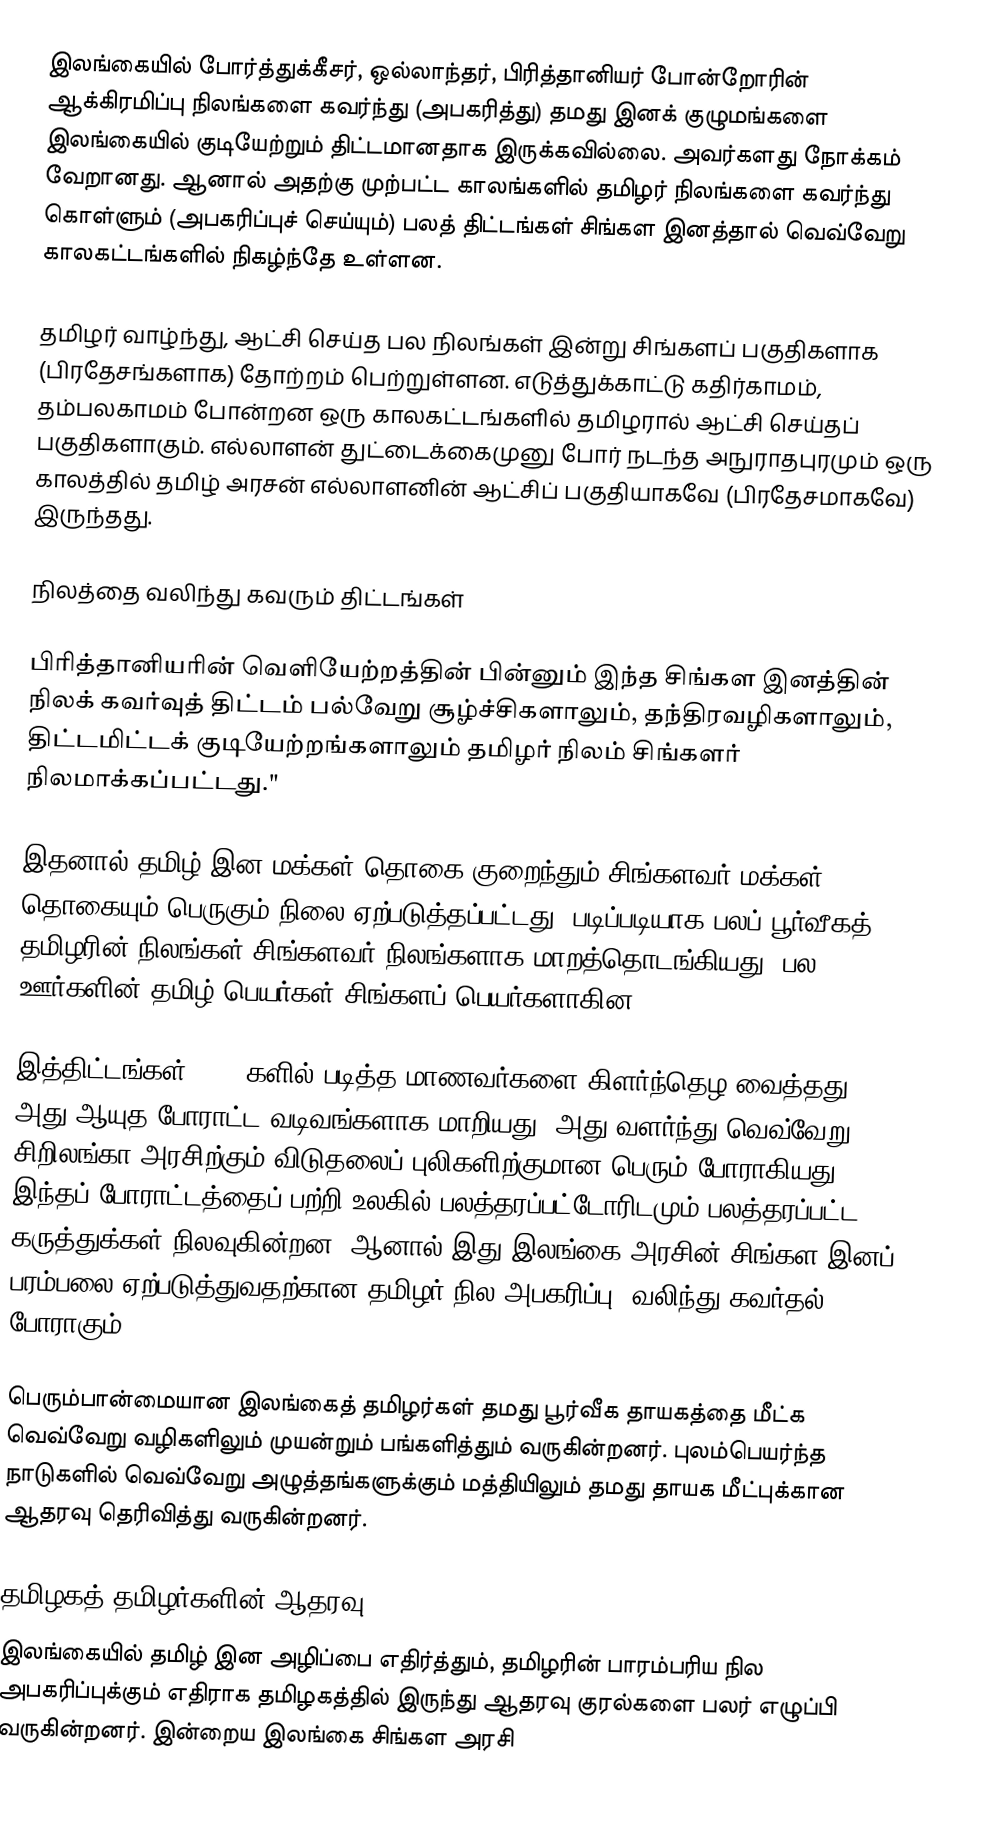
இலங்கையில் போர்த்துக்கீசர், ஒல்லாந்தர், பிரித்தானியர் போன்றோரின் ஆக்கிரமிப்பு நிலங்களை கவர்ந்து (அபகரித்து) தமது இனக் குழுமங்களை இலங்கையில் குடியேற்றும் திட்டமானதாக இருக்கவில்லை. அவர்களது நோக்கம் வேறானது. ஆனால் அதற்கு முற்பட்ட காலங்களில் தமிழர் நிலங்களை கவர்ந்து கொள்ளும் (அபகரிப்புச் செய்யும்) பலத் திட்டங்கள் சிங்கள இனத்தால் வெவ்வேறு காலகட்டங்களில் நிகழ்ந்தே உள்ளன.

தமிழர் வாழ்ந்து, ஆட்சி செய்த பல நிலங்கள் இன்று சிங்களப் பகுதிகளாக (பிரதேசங்களாக) தோற்றம் பெற்றுள்ளன. எடுத்துக்காட்டு கதிர்காமம், தம்பலகாமம் போன்றன ஒரு காலகட்டங்களில் தமிழரால் ஆட்சி செய்தப் பகுதிகளாகும். எல்லாளன் துட்டைக்கைமுனு போர் நடந்த அநுராதபுரமும் ஒரு காலத்தில் தமிழ் அரசன்  எல்லாளனின் ஆட்சிப் பகுதியாகவே (பிரதேசமாகவே) இருந்தது.

நிலத்தை வலிந்து கவரும் திட்டங்கள்

பிரித்தானியரின் வெளியேற்றத்தின் பின்னும் இந்த சிங்கள இனத்தின் நிலக் கவர்வுத் திட்டம் பல்வேறு சூழ்ச்சிகளாலும், தந்திரவழிகளாலும், திட்டமிட்டக் குடியேற்றங்களாலும் தமிழர் நிலம் சிங்களர் நிலமாக்கப்பட்டது."

இதனால் தமிழ் இன மக்கள் தொகை குறைந்தும் சிங்களவர் மக்கள் தொகையும் பெருகும் நிலை ஏற்படுத்தப்பட்டது. படிப்படியாக பலப் பூர்வீகத் தமிழரின் நிலங்கள் சிங்களவர் நிலங்களாக மாறத்தொடங்கியது.  பல ஊர்களின் தமிழ் பெயர்கள் சிங்களப் பெயர்களாகின.

இத்திட்டங்கள் 1980 களில் படித்த மாணவர்களை கிளர்ந்தெழ வைத்தது. அது ஆயுத போராட்ட வடிவங்களாக மாறியது. அது வளர்ந்து வெவ்வேறு சிறிலங்கா அரசிற்கும் விடுதலைப் புலிகளிற்குமான பெரும் போராகியது. இந்தப் போராட்டத்தைப் பற்றி உலகில் பலத்தரப்பட்டோரிடமும் பலத்தரப்பட்ட கருத்துக்கள் நிலவுகின்றன. ஆனால் இது இலங்கை அரசின் சிங்கள இனப் பரம்பலை ஏற்படுத்துவதற்கான தமிழர் நில அபகரிப்பு (வலிந்து கவர்தல்) போராகும்.

பெரும்பான்மையான இலங்கைத் தமிழர்கள் தமது பூர்வீக தாயகத்தை மீட்க வெவ்வேறு வழிகளிலும் முயன்றும் பங்களித்தும் வருகின்றனர். புலம்பெயர்ந்த நாடுகளில் வெவ்வேறு  அழுத்தங்களுக்கும் மத்தியிலும் தமது தாயக மீட்புக்கான ஆதரவு தெரிவித்து வருகின்றனர்.

தமிழகத் தமிழர்களின் ஆதரவு
இலங்கையில் தமிழ் இன அழிப்பை எதிர்த்தும்,  தமிழரின் பாரம்பரிய நில அபகரிப்புக்கும் எதிராக தமிழகத்தில் இருந்து ஆதரவு குரல்களை பலர் எழுப்பி வருகின்றனர். இன்றைய இலங்கை சிங்கள அரசி